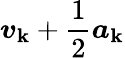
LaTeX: {\boldsymbol{v}}_{\mathbf{k}}+{\frac{{1}}{{2}}}{\boldsymbol{a}}_{\mathbf{k}}